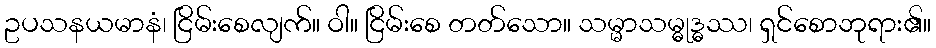
ဥပသနယမာနံ၊ ငြိမ်းစေလျက်။ ဝါ။ ငြိမ်းစေ တတ်သော။ သမ္မာသမ္ဓုဒ္ဓဿ၊ ရှင်စောဘုရား၏။